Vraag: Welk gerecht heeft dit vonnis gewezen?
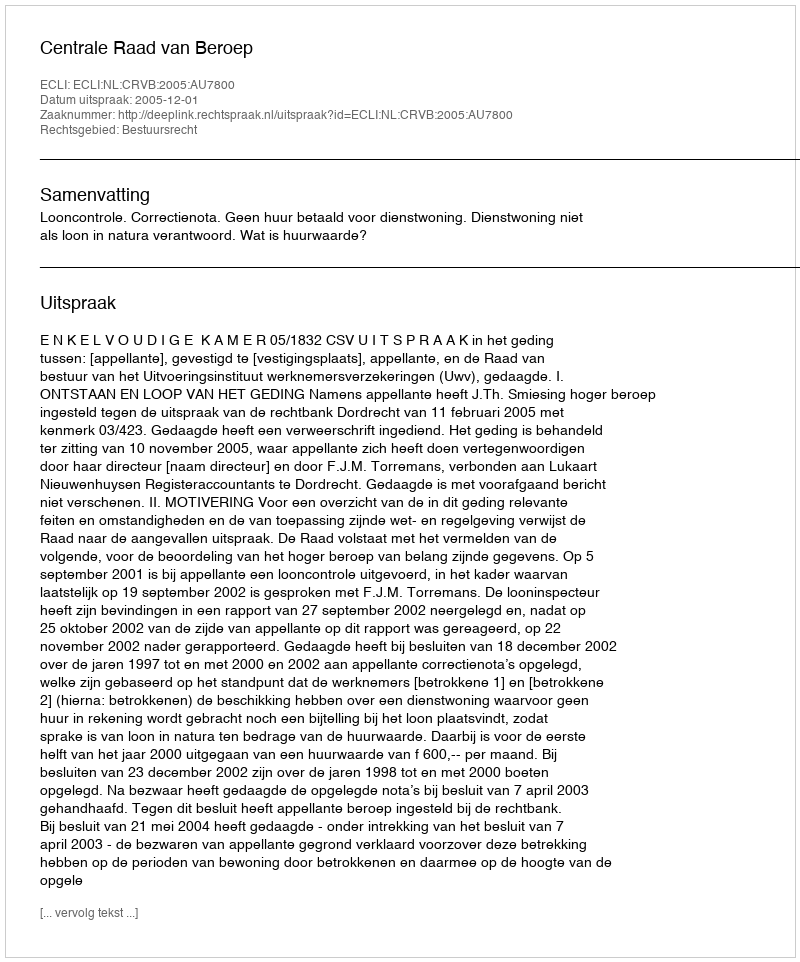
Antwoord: Centrale Raad van Beroep